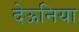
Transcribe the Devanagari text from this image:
देऊनिया